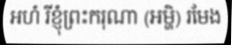
អហំ រីខ្ញុំព្រះករុណា (អម្ហិ) រមែង